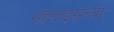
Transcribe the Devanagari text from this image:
महदाइसच्या